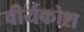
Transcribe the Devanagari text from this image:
वीर्यकोश